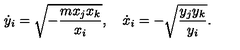
\dot { y } _ { i } = \sqrt { - { \frac { m x _ { j } x _ { k } } { x _ { i } } } } , \quad \dot { x } _ { i } = - \sqrt { { \frac { y _ { j } y _ { k } } { y _ { i } } } } .